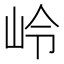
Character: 岭